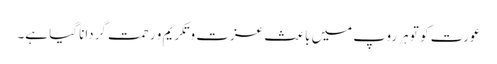
عورت کو تو ہر روپ میں باعث عزت و تکریم و رحمت گردانا گیا ہے۔